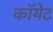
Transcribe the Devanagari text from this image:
कॉयेट